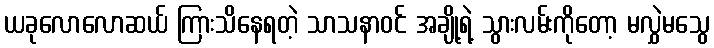
ယခုလောလောဆယ် ကြားသိနေရတဲ့ သာသနာဝင် အချို့ရဲ့ သွားလမ်းကိုတော့ မလွှဲမသွေ